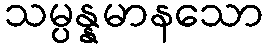
သမ္ပန္နမာနသော